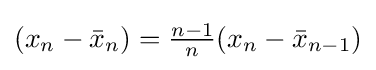
{\textstyle (x_{n}-{\bar {x}}_{n})={\frac {n-1}{n}}(x_{n}-{\bar {x}}_{n-1})}